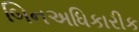
બિનઅધિકારીક